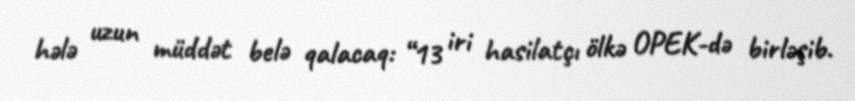
hələ uzun müddət belə qalacaq: “13 iri hasilatçı ölkə OPEK-də birləşib.